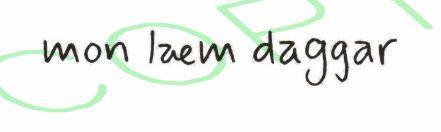
mon læm daggar